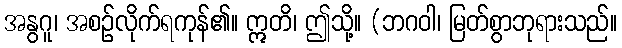
အနွဂူ၊ အစဉ်လိုက်ရကုန်၏။ ဣတိ၊ ဤသို့။ (ဘဂဝါ၊ မြတ်စွာဘုရားသည်။